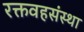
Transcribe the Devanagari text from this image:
रक्तवहसंस्था